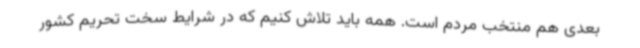
بعدی هم منتخب مردم است. همه باید تلاش کنیم که در شرایط سخت تحریم کشور